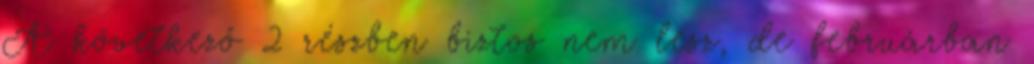
A következő 2 részben biztos nem lesz, de februárban